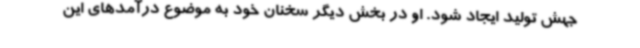
جهش تولید ایجاد شود. او در بخش دیگر سخنان خود به موضوع درآمدهای این